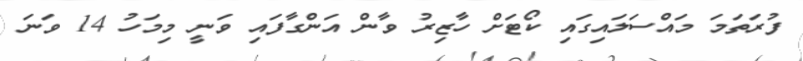
ފުރަތަމަ މައްސަލައިގައި ކޯޓަށް ހާޒިރު ވާން އަންގާފައި ވަނީ މިމަހު 14 ވަނަ